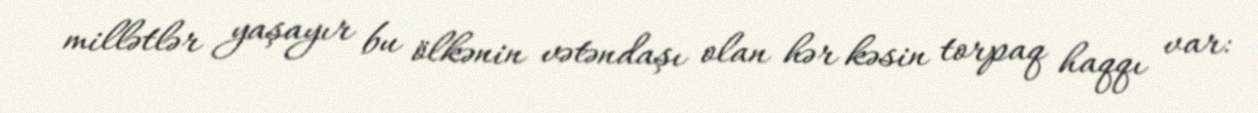
millətlər yaşayır bu ölkənin vətəndaşı olan hər kəsin torpaq haqqı var: